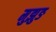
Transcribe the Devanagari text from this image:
मुझुङ